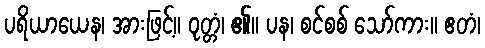
ပရိယာယေန၊ အားဖြင့်။ ဝုတ္တံ၊ ၏။ ပန၊ စင်စစ် သော်ကား။ ဧတံ၊